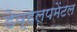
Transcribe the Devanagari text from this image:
डेव्हलपमेंटल